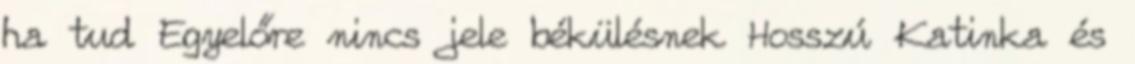
ha tud Egyelőre nincs jele békülésnek Hosszú Katinka és